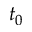
t _ { 0 }